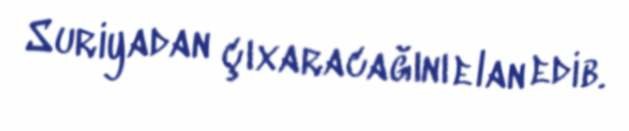
Suriyadan çıxaracağını elan edib.